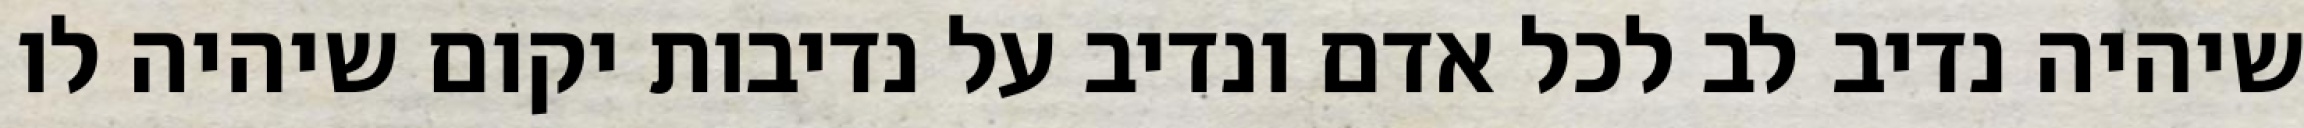
שיהיה נדיב לב לכל אדם ונדיב על נדיבות יקום שיהיה לו